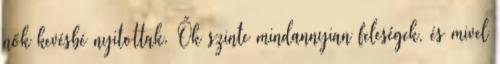
nők kevésbé nyitottak. Ők szinte mindannyian feleségek, és mivel